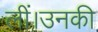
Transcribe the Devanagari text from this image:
लीं।उनकी